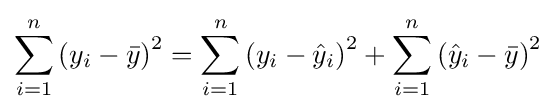
\sum _{i=1}^{n}\left(y_{i}-{\bar {y}}\right)^{2}=\sum _{i=1}^{n}\left(y_{i}-{\hat {y}}_{i}\right)^{2}+\sum _{i=1}^{n}\left({\hat {y}}_{i}-{\bar {y}}\right)^{2}